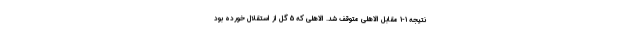
نتیجه 1-1 مقابل الاهلی متوقف شد. الاهلی که 5 گل از استقلال خورده بود